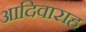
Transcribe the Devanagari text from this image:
आदिवाराह